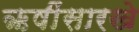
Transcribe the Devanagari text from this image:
ऋषींसारखे